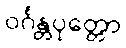
ဝင်္ဂန္တပုတ္တော